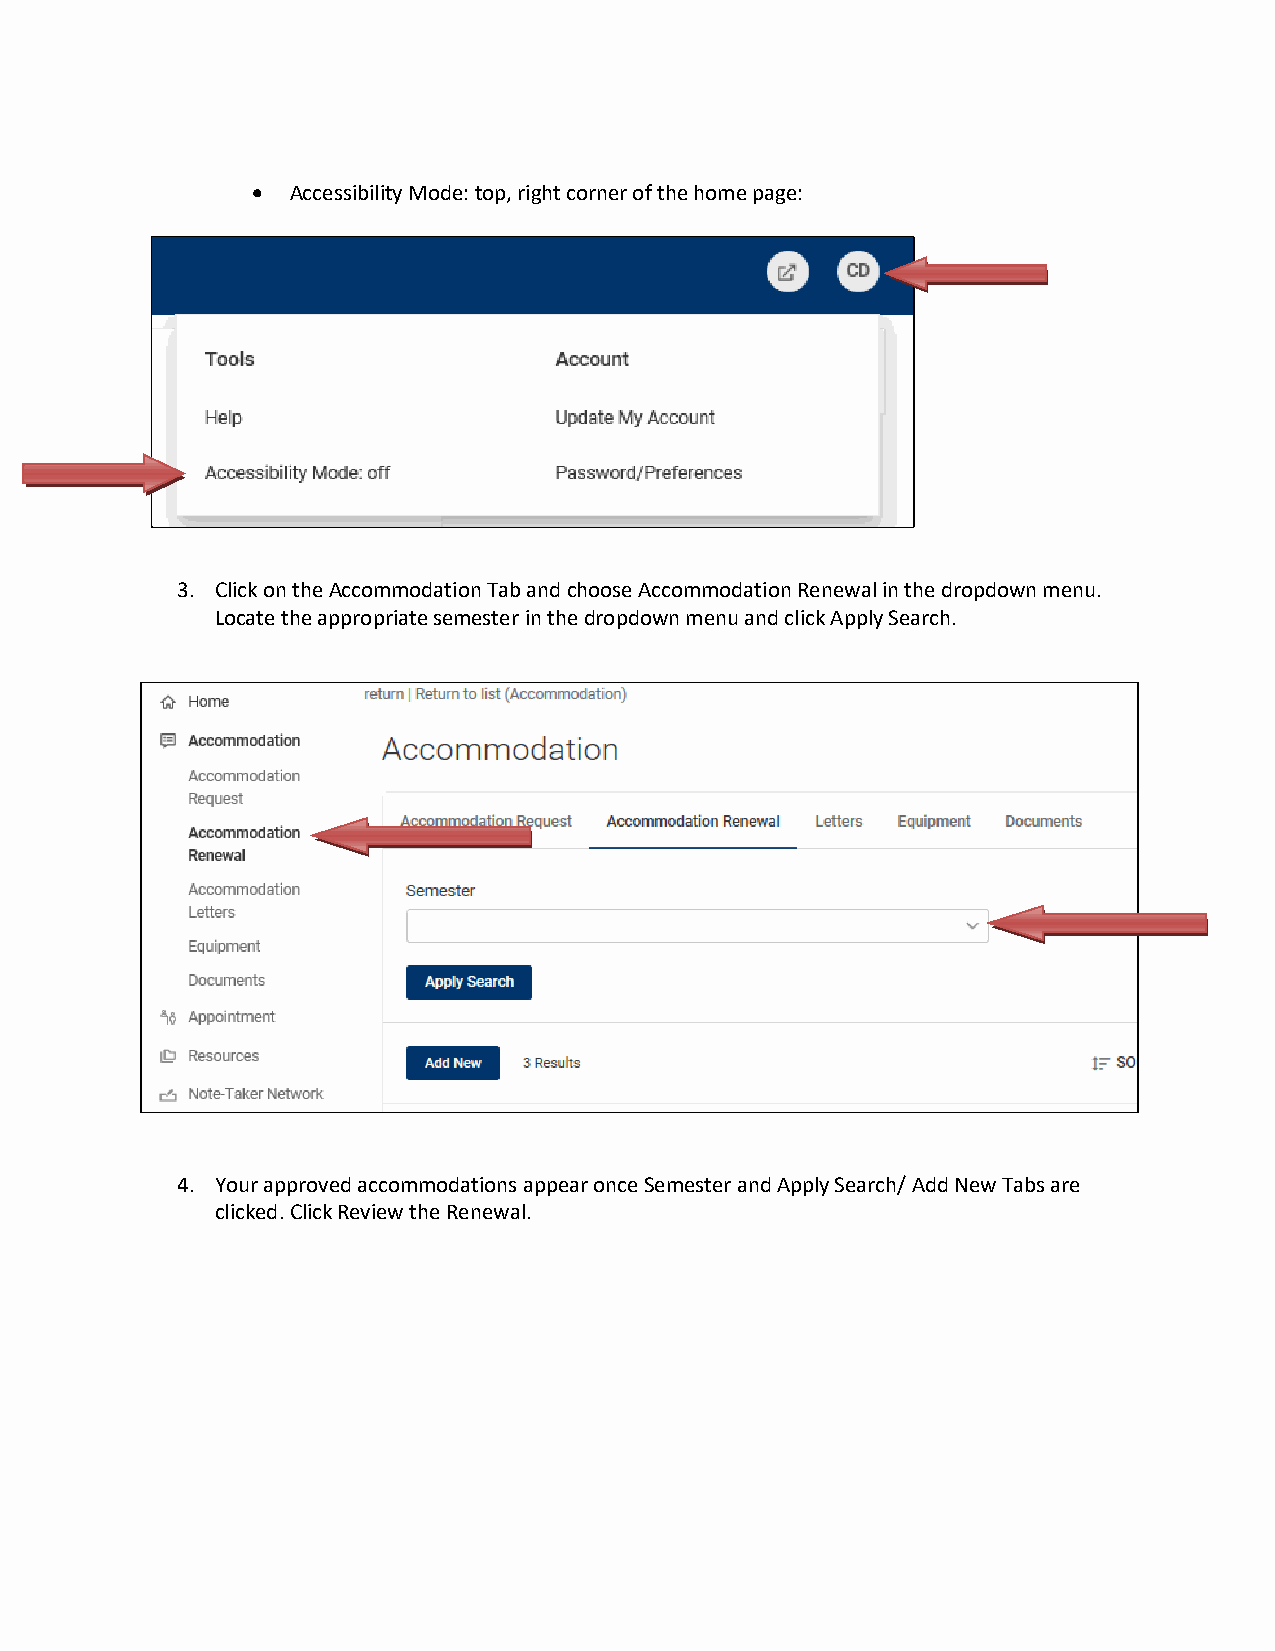
• Accessibility Mode: top, right corner of the home page:
 3. Click on the Accommodation Tab and choose Accommodation Renewal in the dropdown menu.
 Locate the appropriate semester in the dropdown menu and click Apply Search.
 4. Your approved accommodations appear once Semester and Apply Search/ Add New Tabs are
 clicked. Click Review the Renewal.